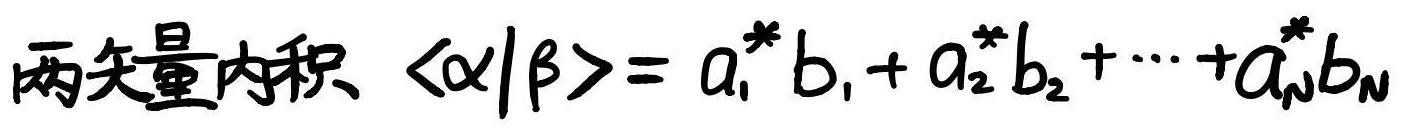
两矢量内积 $\langle\alpha|\beta\rangle = a_1^* b_1 + a_2^* b_2 + \cdots + a_N^* b_N$